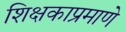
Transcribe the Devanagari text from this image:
शिक्षकाप्रमाणे